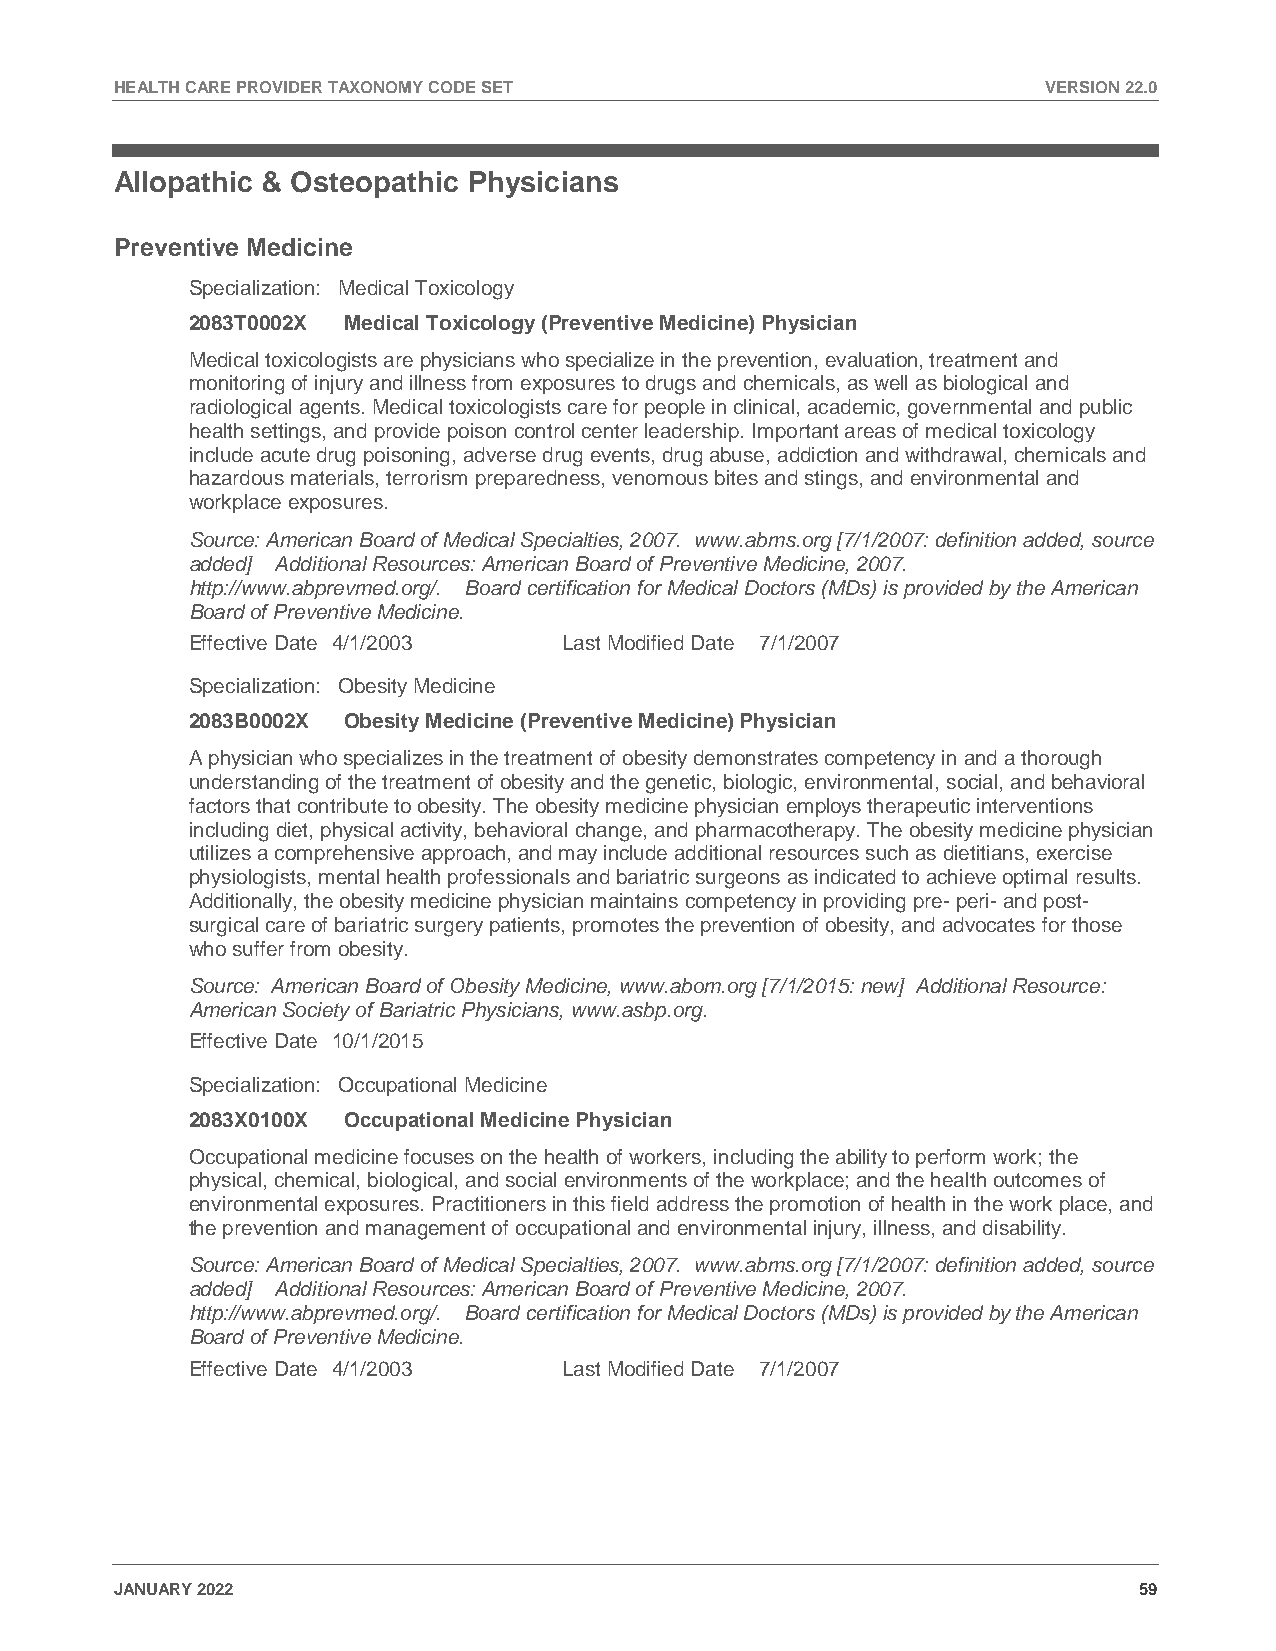
HEALTH CARE PROVIDER TAXONOMY CODE SET                       VERSION 22.0
 Allopathic & Osteopathic Physicians
 Preventive Medicine
 Specialization: Medical Toxicology
 2083T0002X Medical Toxicology (Preventive Medicine) Physician
 Medical toxicologists are physicians who specialize in the prevention, evaluation, treatment and
 monitoring of injury and illness from exposures to drugs and chemicals, as well as biological and
 radiological agents. Medical toxicologists care for people in clinical, academic, governmental and public
 health settings, and provide poison control center leadership. Important areas of medical toxicology
 include acute drug poisoning, adverse drug events, drug abuse, addiction and withdrawal, chemicals and
 hazardous materials, terrorism preparedness, venomous bites and stings, and environmental and
 workplace exposures.
 Source: American Board of Medical Specialties, 2007. www.abms.org [7/1/2007: definition added, source
 added] Additional Resources: American Board of Preventive Medicine, 2007.
 http://www.abprevmed.org/. Board certification for Medical Doctors (MDs) is provided by the American
 Board of Preventive Medicine.
 Effective Date 4/1/2003  Last Modified Date 7/1/2007
 Specialization: Obesity Medicine
 2083B0002X Obesity Medicine (Preventive Medicine) Physician
 A physician who specializes in the treatment of obesity demonstrates competency in and a thorough
 understanding of the treatment of obesity and the genetic, biologic, environmental, social, and behavioral
 factors that contribute to obesity. The obesity medicine physician employs therapeutic interventions
 including diet, physical activity, behavioral change, and pharmacotherapy. The obesity medicine physician
 utilizes a comprehensive approach, and may include additional resources such as dietitians, exercise
 physiologists, mental health professionals and bariatric surgeons as indicated to achieve optimal results.
 Additionally, the obesity medicine physician maintains competency in providing pre- peri- and post-
 surgical care of bariatric surgery patients, promotes the prevention of obesity, and advocates for those
 who suffer from obesity.
 Source: American Board of Obesity Medicine, www.abom.org [7/1/2015: new] Additional Resource:
 American Society of Bariatric Physicians, www.asbp.org.
 Effective Date 10/1/2015
 Specialization: Occupational Medicine
 2083X0100X Occupational Medicine Physician
 Occupational medicine focuses on the health of workers, including the ability to perform work; the
 physical, chemical, biological, and social environments of the workplace; and the health outcomes of
 environmental exposures. Practitioners in this field address the promotion of health in the work place, and
 the prevention and management of occupational and environmental injury, illness, and disability.
 Source: American Board of Medical Specialties, 2007. www.abms.org [7/1/2007: definition added, source
 added] Additional Resources: American Board of Preventive Medicine, 2007.
 http://www.abprevmed.org/. Board certification for Medical Doctors (MDs) is provided by the American
 Board of Preventive Medicine.
 Effective Date 4/1/2003  Last Modified Date 7/1/2007
 JANUARY 2022                                                       59